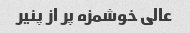
عالی خوشمزه پر از پنیر